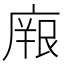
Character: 𭙫